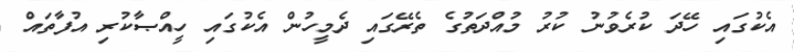
އެކުގައި ހޭދަ ކުރެވުނު ކުރު މުއްދަތުގެ ތެރޭގައި ދެމީހުން އެކުގައި ހީއްޞާކުރި އުފާތައް